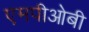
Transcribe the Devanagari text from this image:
एमपीओबी